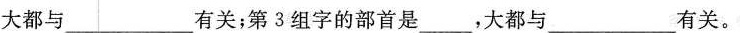
大都与___有关；第3组字的部首是____，大都与____有关。